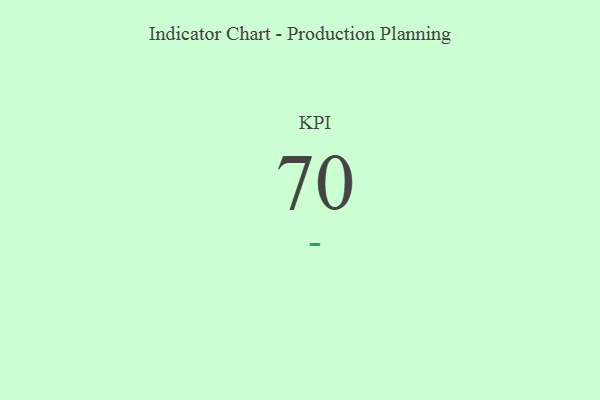
{"axis": {"x": "KPI", "y": "Value"}, "legend": [""], "data": [{"x": "KPI", "y": 70, "type": ""}]}